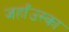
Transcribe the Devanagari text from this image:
जहाँउस्का